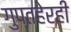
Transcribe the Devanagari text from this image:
गुप्तहेरही